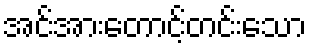
အင်အားတောင့်တင်းသော